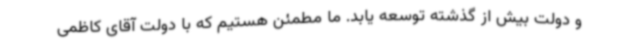
و دولت بیش از گذشته توسعه یابد. ما مطمئن هستیم که با دولت آقای کاظمی